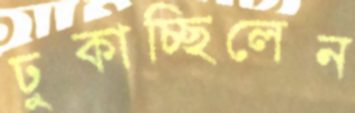
ঢুকাচ্ছিলেন